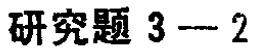
研究题 3---2